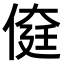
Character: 𠋽